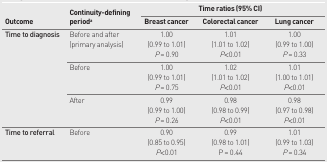
<table><thead><tr><td rowspan="3"><b>Outcome</b></td><td rowspan="3"><b>Continuity-defining period<sup>a</sup></b></td><td colspan="3"><b>Time ratios (95% CI)</b></td></tr><tr><td><b>Breast cancer</b></td><td><b>Colorectal cancer</b></td><td><b>Lung cancer</b></td></tr></thead><tbody><tr><td rowspan="3"><b>Time to diagnosis</b></td><td>Before and after (primary analysis)</td><td>1.00 (0.99 to 1.01)<i>P</i>= 0.90</td><td>1.01 (1.01 to 1.02)<i>P</i>&lt;0.01</td><td>1.00 (0.99 to 1.00)<i>P</i>= 0.33</td></tr><tr><td>Before</td><td>1.00 (0.99 to 1.01)<i>P</i>= 0.75</td><td>1.02 (1.01 to 1.02)<i>P</i>&lt;0.01</td><td>1.01 (1.00 to 1.01)<i>P</i>&lt;0.01</td></tr><tr><td>After</td><td>0.99 (0.99 to 1.00)<i>P</i>= 0.26</td><td>0.98 (0.98 to 0.99)<i>P</i>&lt;0.01</td><td>0.98 (0.97 to 0.98)<i>P</i>&lt;0.01</td></tr><tr><td><b>Time to referral</b></td><td>Before</td><td>0.90 (0.85 to 0.95)<i>P</i>&lt;0.01</td><td>0.99 (0.98 to 1.01)P = 0.44</td><td>1.01 (0.99 to 1.03)<i>P</i>= 0.34</td></tr></tbody></table>